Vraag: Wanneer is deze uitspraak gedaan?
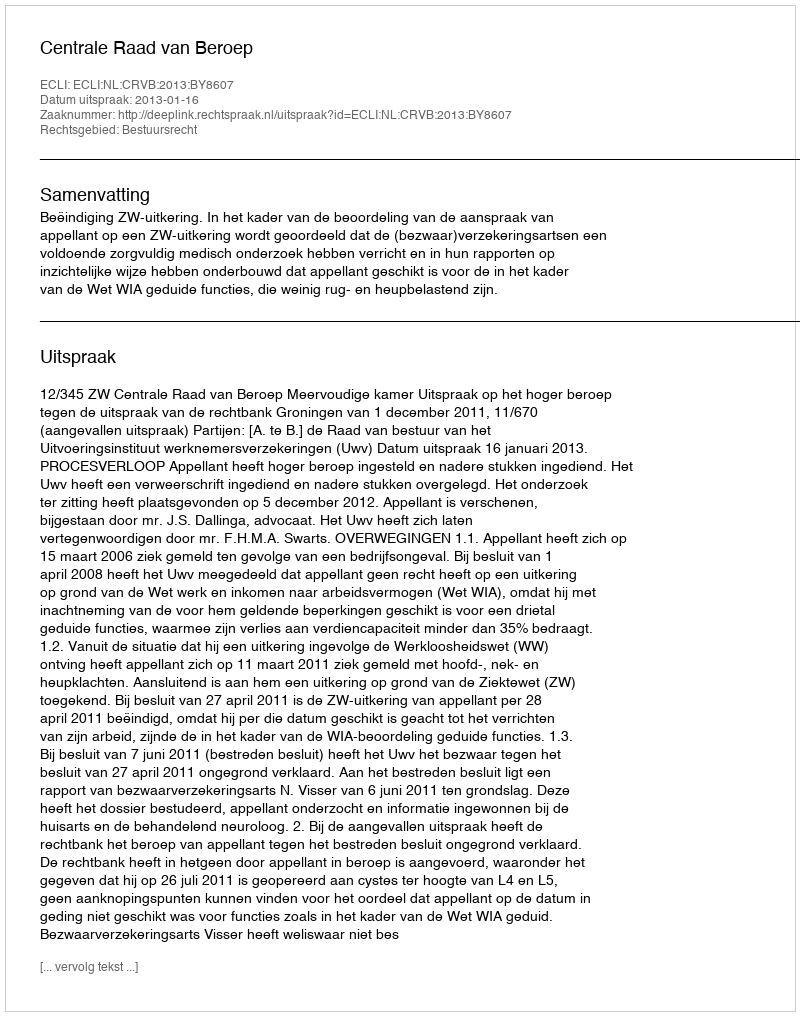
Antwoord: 2013-01-16